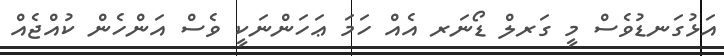
އަޅުގަނޑުވެސް މީ ގަރލް ޑޯނަރ އެއް ހަމަ ޢަހަންނަކީ ވެސް އަންހެން ކުއްޖެއް